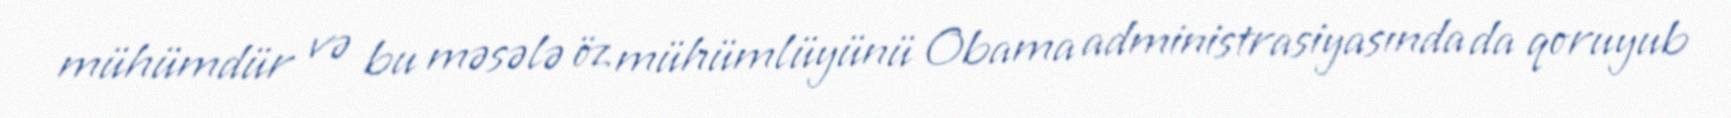
mühümdür və bu məsələ öz mühümlüyünü Obama administrasiyasında da qoruyub